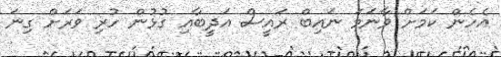
އެހެން ކަމަށް ވާނަމަ ނައިބް ރައީސް އަދީބާއި ގުޅުން ހުރި ވަރަށް ގިނަ